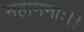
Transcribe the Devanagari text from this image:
महामनाः।।